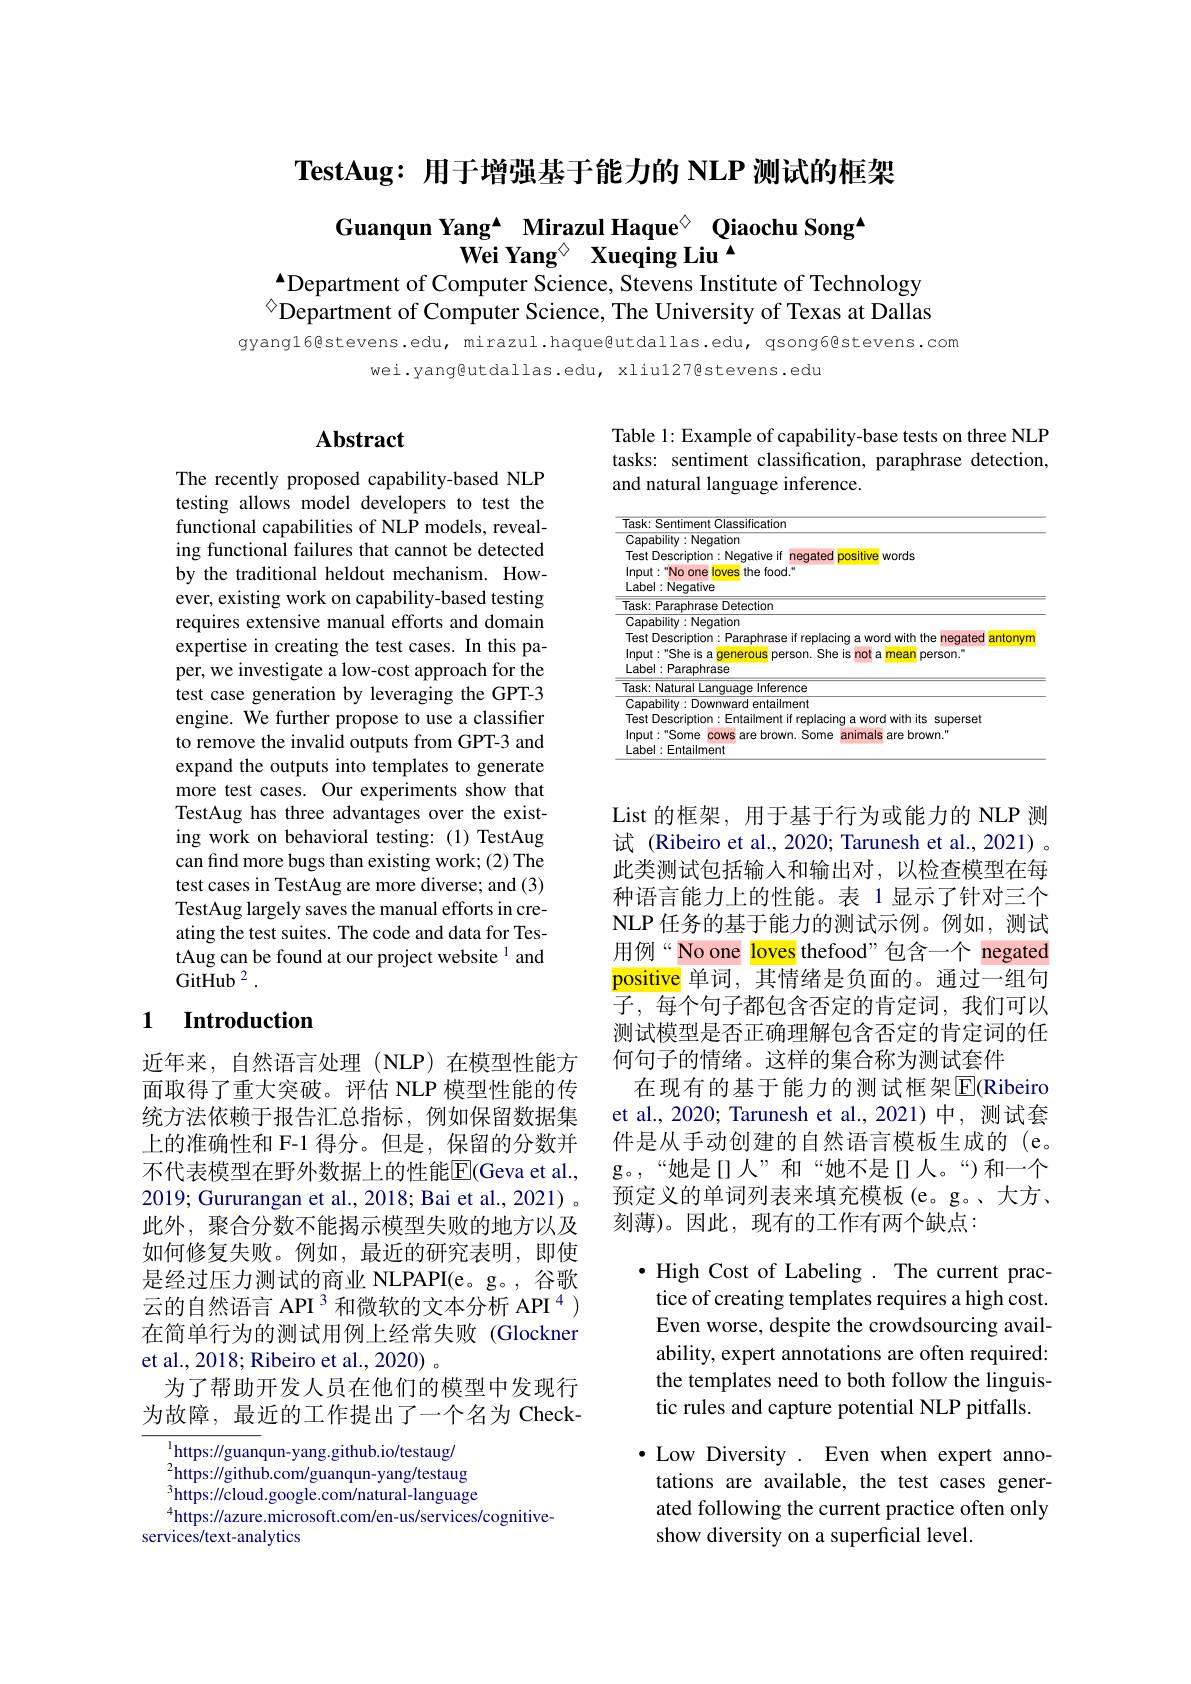
TestAug: 用于增强基于能力的 NLP 测试的框架

Guanqun Yang▲ Mirazul Haque$^{\textcircled{\mathrm{o}}}$ Qiaochu Song▲
Wei Yang$^{\textcircled{\mathrm{o}}}$ Xueqing Liu $^{\textcircled{\mathrm{o}}}$
$^{\bullet}$Department of Computer Science, Stevens Institute of Technology

$^{\textcircled{\circ}}$Department of Computer Science, The University of Texas at Dallas

gyangl6@stevens.edu, mirazul.haque@utdallas.edu, qsong6@stevens.com
wei.yangeutdallas.edu, xliu127@stevens.edu

## $\mathbf{Abstract}$

The recently proposed capability-based NLP testing allows model developers to test the functional capabilities of NLP models, revealing functional failures that cannot be detected by the traditional heldout mechanism. However, existing work on capability-based testing requires extensive manual efforts and domain expertise in creating the test cases. In this paper, we investigate a low-cost approach for the test case generation by leveraging the GPT-3 engine. We further propose to use a classifier to remove the invalid outputs from GPT-3 and expand the outputs into templates to generate more test cases. Our experiments show that TestAug has three advantages over the existing work on behavioral testing: (1) TestAug can find more bugs than existing work; (2) The test cases in TestAug are more diverse; and (3) TestAug largely saves the manual efforts in creating the test suites. The code and data for TestAug can be found at our project website 1 and $\mathrm{GitHub}^{2}.$

### 1 $\textbf{Introduction}$

近年来，自然语言处理(NLP)在模型性能方面取得了重大突破。评估 NLP 模型性能的传统方法依赖于报告汇总指标，例如保留数据集上的准确性和 F-1 得分。但是，保留的分数并不代表模型在野外数据上的性能$\overline{\mathrm{E}}($Geva et al., 2019; Gururangan et al., 2018; Bai et al., 2021) 。此外，聚合分数不能揭示模型失败的地方以及如何修复失败。例如，最近的研究表明，即使是经过压力测试的商业 NLPAPI(e。g。, 谷歌云的自然语言 API 3 和微软的文本分析 API $^{4}$ 在简单行为的测试用例上经常失败(Glockner et al., 2018; Ribeiro et al., 2020) 。
为了帮助开发人员在他们的模型中发现行为故障，最近的工作提出了一个名为 Check-

$^{1}$https://guanqun-yang.github.io/testaug/ $^{2}$https://github.com/guanqun-yang/testaug $^{3}$https://cloud.google.com/natural-language $^{4}$https://azure.microsoft.com/en-us/services/cognitive-
services/text-analytics

Table 1: Example of capability-base tests on three NLP tasks: sentiment classification, paraphrase detection, and natural language inference.

<table>
	<tbody>
		<tr>
			<td>T</td>
			<td>latural I Language Inference</td>
		</tr>
	</tbody>
</table>

List 的框架，用于基于行为或能力的 NLP 测试 (Ribeiro et al., 2020; Tarunesh et al., 2021) 。此类测试包括输入和输出对，以检查模型在每种语言能力上的性能。表 1显示了针对三个NLP 任务的基于能力的测试示例。例如，测试用例“No one loves thefood”包含一个 negated positive 单词，其情绪是负面的。通过一组句子，每个句子都包含否定的肯定词，我们可以测试模型是否正确理解包含否定的肯定词的任何句子的情绪。这样的集合称为测试套件
在现有的基于能力的测试框架$\overline{\mathrm{E}}$(Ribeiro et al., 2020; Tarunesh et al.,2021)中，测试套件是从手动创建的自然语言模板生成的 (e。g。“她是 口 人”和“她不是 II 人。“)和一个预定义的单词列表来填充模板(e。g。、大方、 刻薄)。因此，现有的工作有两个缺点：

·High Cost of Labeling . The current prac-
tice of creating templates requires a high cost. Even worse, despite the crowdsourcing availability, expert annotations are often required: the templates need to both follow the linguistic rules and capture potential NLP pitfalls

$\bullet$ Low Diversity. Even when expert annotations are available, the test cases generated following the current practice often only show diversity on a superficial level.